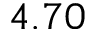
4 . 7 0